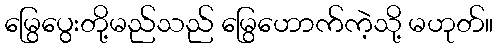
မြွေပွေးတို့မည်သည် မြွေဟောက်ကဲ့သို့ မဟုတ်။